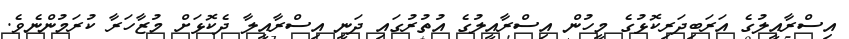
އިސްރާއީލުގެ އަރަބިދަރިކޮޅުގެ މީހުން އިސްރާއީލުގެ އުތުރުގައި ދަނީ އިސްރާއީލާ ދެކޮޅަށް މުޒާހަރާ ކުރަމުންނެވެ.